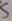
Text: S